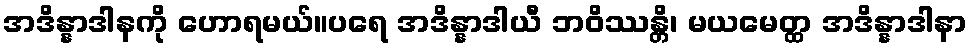
အဒိန္နာဒါနကို ဟောရမယ်။ပရေ အဒိန္နာဒါယီ ဘဝိဿန္တိ၊ မယမေတ္ထ အဒိန္နာဒါနာ